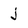
Character: j